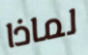
لماذا